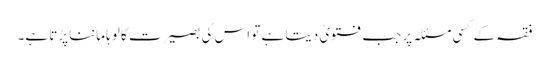
فقہ کے کسی مسئلہ پر جب فتویٰ دیتا ہے تو اس کی بصیرت کا لوہا ماننا پڑتا ہے۔